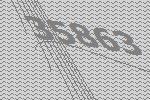
35863